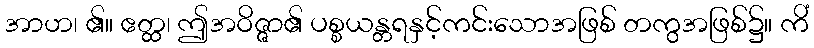
အာဟ၊ ၏။ ဧတ္ထ၊ ဤအဝိဇ္ဇာ၏ ပစ္စယန္တရနှင့်ကင်းသောအဖြစ် တကွအဖြစ်၌။ ကိံ